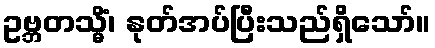
ဥဗ္ဘတသ္မိံ၊ နုတ်အပ်ပြီးသည်ရှိသော်။